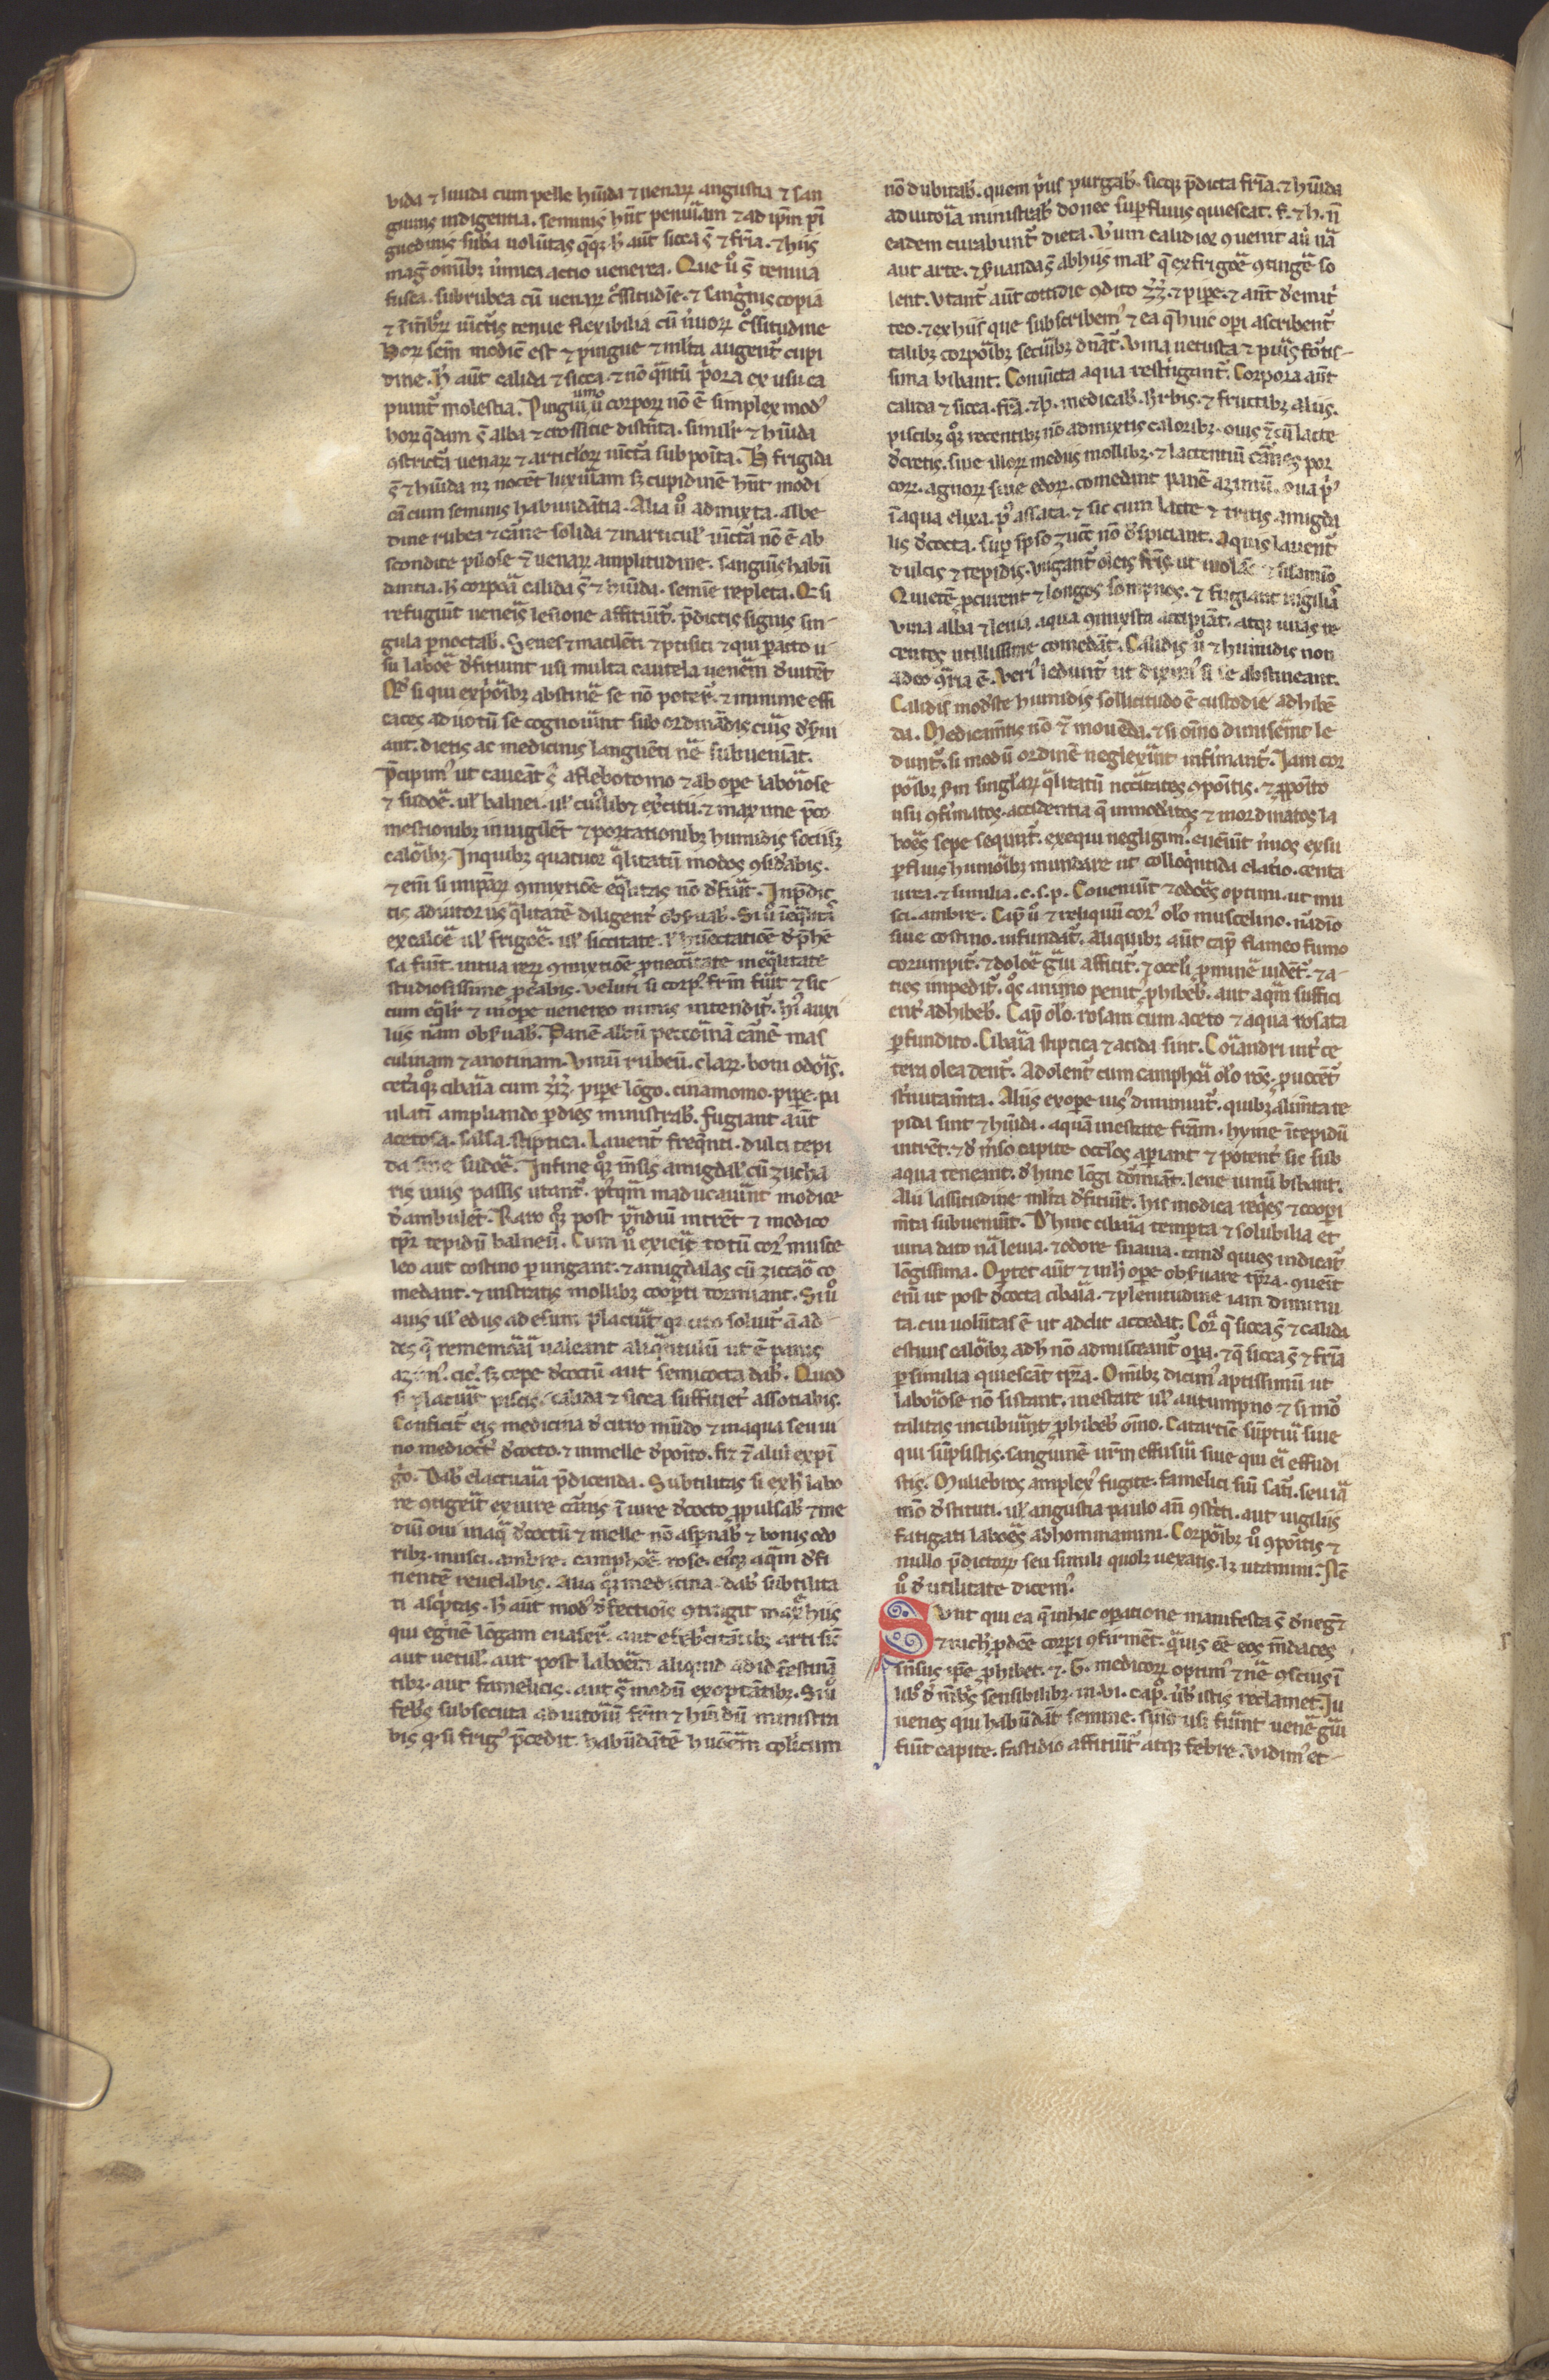
Shelfmark: Munich, Bayerische Staatsbibliothek, CLM 13027
Century: 13